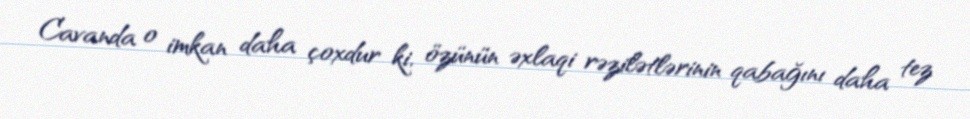
Cavanda o imkan daha çoxdur ki, özünün əxlaqi rəzilətlərinin qabağını daha tez